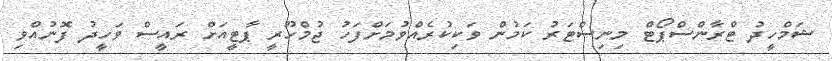
ޝަމްހީދު ޓްރާންސްޕޯޓް މިނިސްޓަރު ކަމުން ވަކިކުރެއްވުމަށްފަހު ޖުމްހޫރީ ޕާޓީއަށް ރައީސް ވަހީދު ފޮނުއްވި